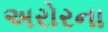
અરોરના